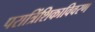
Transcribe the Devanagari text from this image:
परात्रिंशिकाविवरण